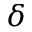
\delta